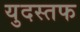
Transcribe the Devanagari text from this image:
युदस्तफ